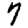
Digit: 7